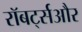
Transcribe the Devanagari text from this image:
रॉबर्ट्सऔर